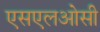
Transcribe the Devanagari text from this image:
एसएलओसी